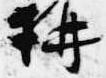
講